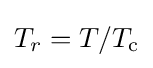
T_{r}=T/T_{\text{c}}